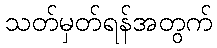
သတ်မှတ်ရန်အတွက်